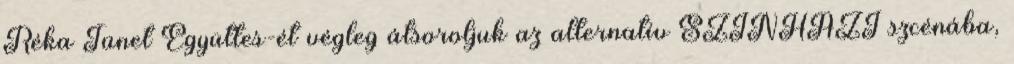
Réka Tünet Együttes-ét végleg átsoroljuk az alternatív SZÍNHÁZI szcénába,